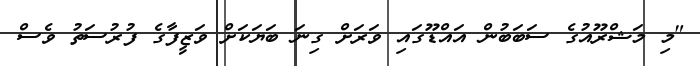
"މި މަޝްރޫއުގެ ސަބަބުން އައްޑޫގައި ވަރަށް ގިނަ ބަޔަކަށް ވަޒީފާގެ ފުރުސަތު ވެސް